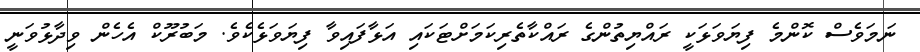
ނަމަވެސް ކޮންމެ ފިޔަވަޅަކީ ރައްޔިތުންގެ ރައްކާތެރިކަމަށްޓަކައި އަޅާފައިވާ ފިޔަވަޅެކެވެ. މަބުރޫކް އެހެން ވިދާޅުވަނީ